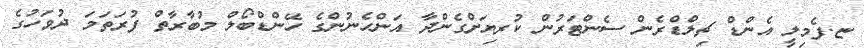
ޏ.ފެމިލީ އެންޑް ޗިލްޑްރެން ސެންޓަރުން ކުރިޔަށްގެންދާ އަންހެނުންގެ ހޭންޑްބޯލް މުބާރާތް ފުރަތަމަ ދުވަހުގެ